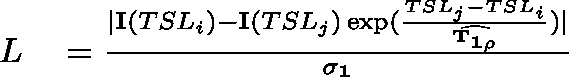
\begin{array} { r l } { L } & { { } = \frac { | \mathbf { I } ( T S L _ { i } ) - \mathbf { I } ( T S L _ { j } ) \exp ( \frac { T S L _ { j } - T S L _ { i } } { \mathbf { \widehat { T _ { 1 \rho } } } } ) | } { \mathbf { \sigma _ { 1 } } } } \end{array}